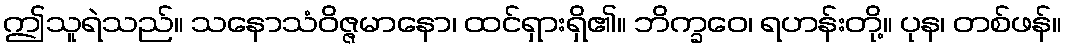
ဤသူရဲသည်။ သနောသံဝိဇ္ဇမာနော၊ ထင်ရှားရှိ၏။ ဘိက္ခဝေ၊ ရဟန်းတို့။ ပုန၊ တစ်ဖန်။